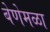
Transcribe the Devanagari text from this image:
बेणेमळा